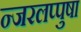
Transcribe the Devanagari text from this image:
न्जरलप्पुषा